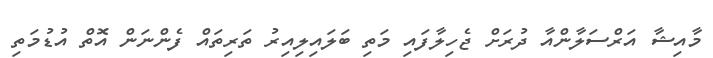
މާއިޝާ އަރްސަލާންއާ ދުރަށް ޖެހިލާފައި މަތި ބަލައިލިއިރު ތަރިތައް ފެންނަން އޮތް އުޑުމަތި